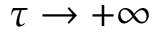
\tau \to + \infty